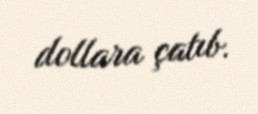
dollara çatıb.